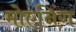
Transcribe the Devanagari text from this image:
मोएनिंग